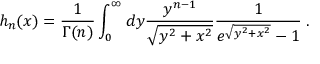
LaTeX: h _ { n } ( x ) = \frac { 1 } { \Gamma ( n ) } \int _ { 0 } ^ { \infty } d y \frac { y ^ { n - 1 } } { \sqrt { y ^ { 2 } + x ^ { 2 } } } \frac { 1 } { e ^ { \sqrt { y ^ { 2 } + x ^ { 2 } } } - 1 } \; .